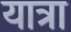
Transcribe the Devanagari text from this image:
यात्रा